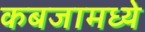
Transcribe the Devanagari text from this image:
कबजामध्ये